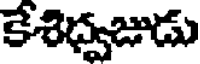
కేశిధ్వజుడు